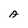
Character: A